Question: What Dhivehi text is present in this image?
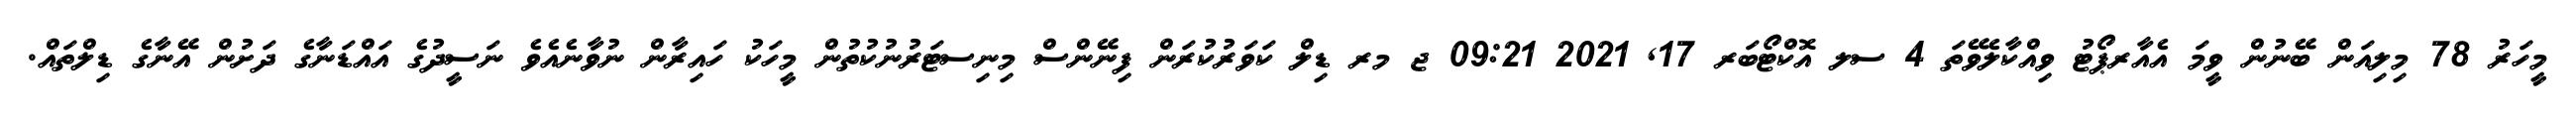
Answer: މީހަރު 78 މިލިއަން ބޭނުން ވީމަ އެއާރޕޯޓު ވިއްކާލެވޭތަ 4 ސލ އޮކްޓޯބަރ 17, 2021 09:21 ޖ މރ ޑިލް ކަވަރުކުރަން ފިނޭންސް މިނިސޓަރުނުކުތުން މީހަކު ހައިރާން ނުވާނެއެވެ ނަސީދުގެ އައްޑަނާގެ ދަށުން އޭނާގެ ޑިލްތައް.